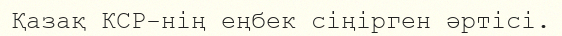
Қазақ КСР-нің еңбек сіңірген әртісі.